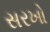
સરખો